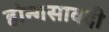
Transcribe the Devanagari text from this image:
होन्गसावदी